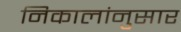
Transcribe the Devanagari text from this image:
निकालांनुसार